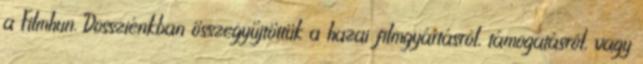
a Filmhun. Dossziénkban összegyűjtöttük a hazai filmgyártásról, támogatásról, vagy